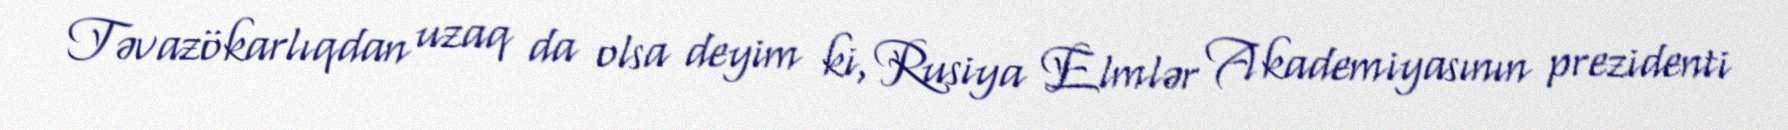
Təvazökarlıqdan uzaq da olsa deyim ki, Rusiya Elmlər Akademiyasının prezidenti